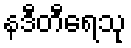
နဒီတီရေသု